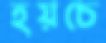
হয়চে